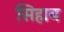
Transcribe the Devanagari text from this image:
सिहाब